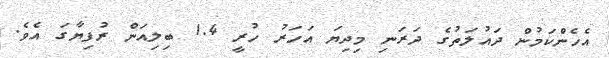
އެހެންކަމުން ދައުލަތުގެ ދަރަނި މިދިޔަ އަހަރު ހުރީ 1.4 ބިލިއަން ރުފިޔާގަ އެވެ.